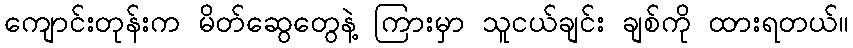
ကျောင်းတုန်းက မိတ်ဆွေတွေနဲ့ ကြားမှာ သူငယ်ချင်း ချစ်ကို ထားရတယ်။